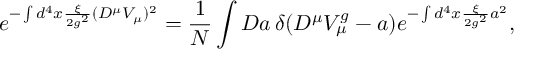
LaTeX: e ^ { - \int d ^ { 4 } x \frac { \xi } { 2 g ^ { 2 } } ( D ^ { \mu } V _ { \mu } ) ^ { 2 } } = \frac { 1 } { N } \int { \cal D } a \, \delta ( D ^ { \mu } V _ { \mu } ^ { g } - a ) e ^ { - \int d ^ { 4 } x \frac { \xi } { 2 g ^ { 2 } } a ^ { 2 } } ,